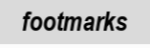
footmarks